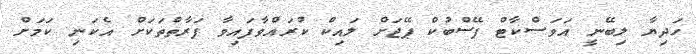
ހަދިޔާ ލިބޭނީ އަވަސްކާޓް ފޭސްބުކް ޕޭޖަށް ލައިކް ކުރައްވާފައިވާ ފަރާތްތަކަށް އެކަނި ކަމަށް